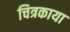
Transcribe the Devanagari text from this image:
चित्रकाया